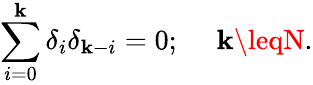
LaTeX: \sum_{i=0}^{\mathbf{k}}\delta_{i}\delta_{\mathbf{k}-i}=0;\ \ \ \ \ \mathbf{k}\leqN.